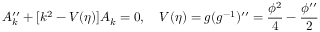
A _ { k } ^ { \prime \prime } + [ k ^ { 2 } - V ( \eta ) ] A _ { k } = 0 , ~ ~ ~ V ( \eta ) = g ( g ^ { - 1 } ) ^ { \prime \prime } = \frac { \phi ^ { 2 } } { 4 } - \frac { \phi ^ { \prime \prime } } { 2 }